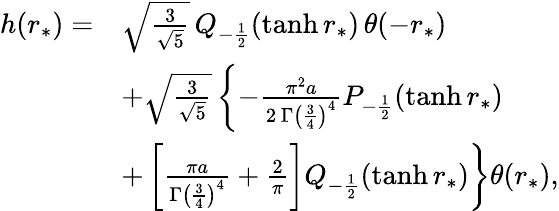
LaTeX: \begin{array}{rl}{h(r_{*})=}&{\sqrt{\frac{3}{\sqrt{5}}}\, Q_{-\frac{1}{2}}(\operatorname{tanh}r_{*})\, \theta(-r_{*})}\\ &{+\sqrt{\frac{3}{\sqrt{5}}}\left\{ -\frac{\pi^{2}a}{2\, \Gamma\left(\frac{3}{4}\right)^{4}}P_{-\frac{1}{2}}(\operatorname{tanh}r_{*})\right.}\\ &{\left.+\left[\frac{\pi a}{\Gamma\left(\frac{3}{4}\right)^{4}}+\frac{2}{\pi}\right]Q_{-\frac{1}{2}}(\operatorname{tanh}r_{*})\right\} \theta(r_{*}),}\end{array}